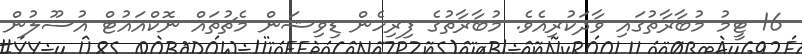
16 ޓީމު މުބާރާތުގައި ވާދަކުރިއެވެ. މުބާރާތުގެ ފިރިހެން ޑިވިޝަން މެޗުތައް ނޮކްއައުޓް އުސޫލުން